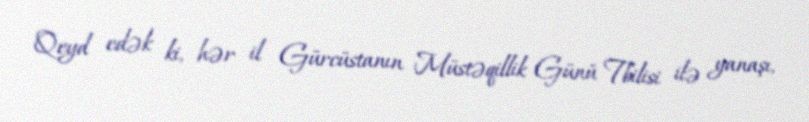
Qeyd edək ki, hər il Gürcüstanın Müstəqillik Günü Tbilisi ilə yanaşı,